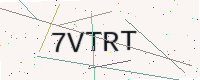
Text: 7VTRT